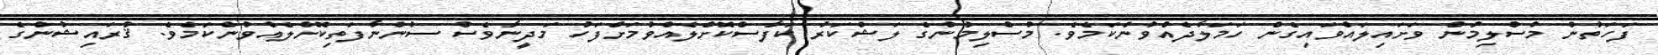
ފަހަތުން މުސްލިމުން ވަށައިލައްވައިގެން ހަމަލާދެއްވުންކަމެވެ. މުސްލިމުންގެ ލަޝްކަރު ކަފާސްކޮށްލެއްވުމަށްފަހު މަދީނާވެސް ސުންނާފަތިކޮށްލެއްވުންކަމެވެ. ޤުރައިޝުންގެ